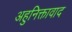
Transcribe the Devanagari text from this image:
अहुनिक्तावाद